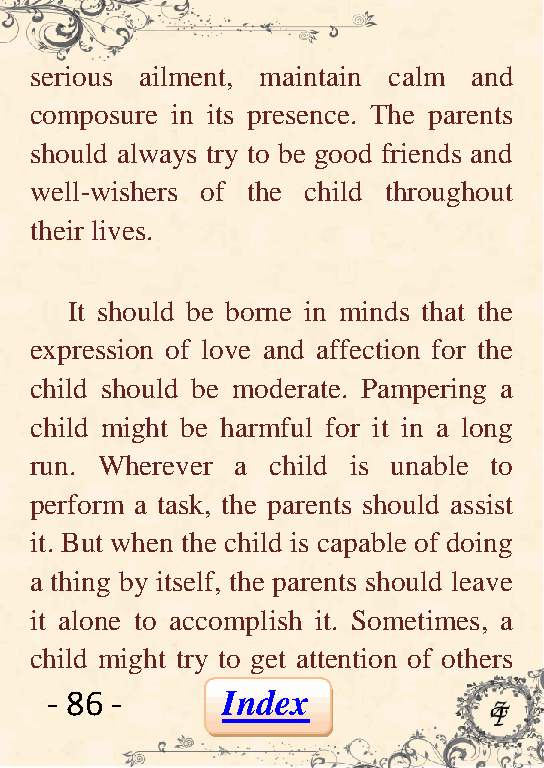
serious ailment, maintain calm and
 composure in its presence. The parents
 should always try to be good friends and
 well-wishers of the child throughout
 their lives.
 It should be borne in minds that the
 expression of love and affection for the
 child should be moderate. Pampering a
 child might be harmful for it in a long
 run. Wherever a child is unable to
 perform a task, the parents should assist
 it. But when the child is capable of doing
 a thing by itself, the parents should leave
 it alone to accomplish it. Sometimes, a
 child might try to get attention of others
 - 86 -      Index